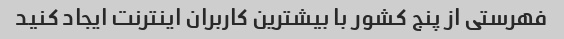
فهرستی از پنج کشور با بیشترین کاربران اینترنت ایجاد کنید